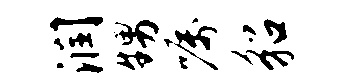
润甥嘱貂